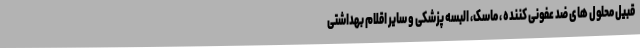
قبیل محلول های ضد عفونی کننده ، ماسک، البسه پزشکی و سایر اقلام بهداشتی